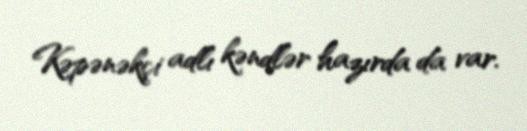
Kəpənəkçi adlı kəndlər hazırda da var.